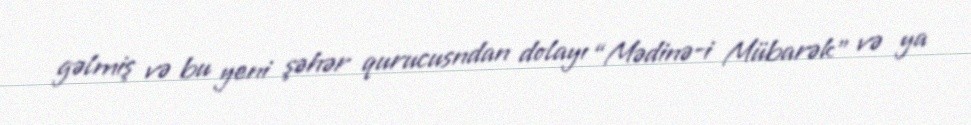
gəlmiş və bu yeni şəhər qurucusndan dolayı “Mədinə-i Mübarək” və ya